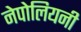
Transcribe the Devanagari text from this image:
नेपोलियनी